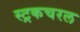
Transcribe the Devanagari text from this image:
स्ट्रकचरल